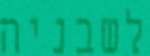
לשבניה